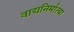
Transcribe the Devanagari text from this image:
वाद्यनिर्मात्या